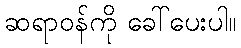
ဆရာဝန်ကို ခေါ်ပေးပါ။